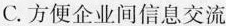
C.方便企业间信息交流